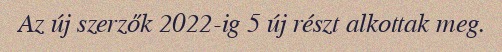
Az új szerzők 2022-ig 5 új részt alkottak meg.